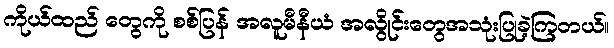
ကိုယ်ထည် တွေကို စစ်ပြန် အလူမီနီယံ အလွိုင်းတွေအသုံးပြုခဲ့ကြတယ်။